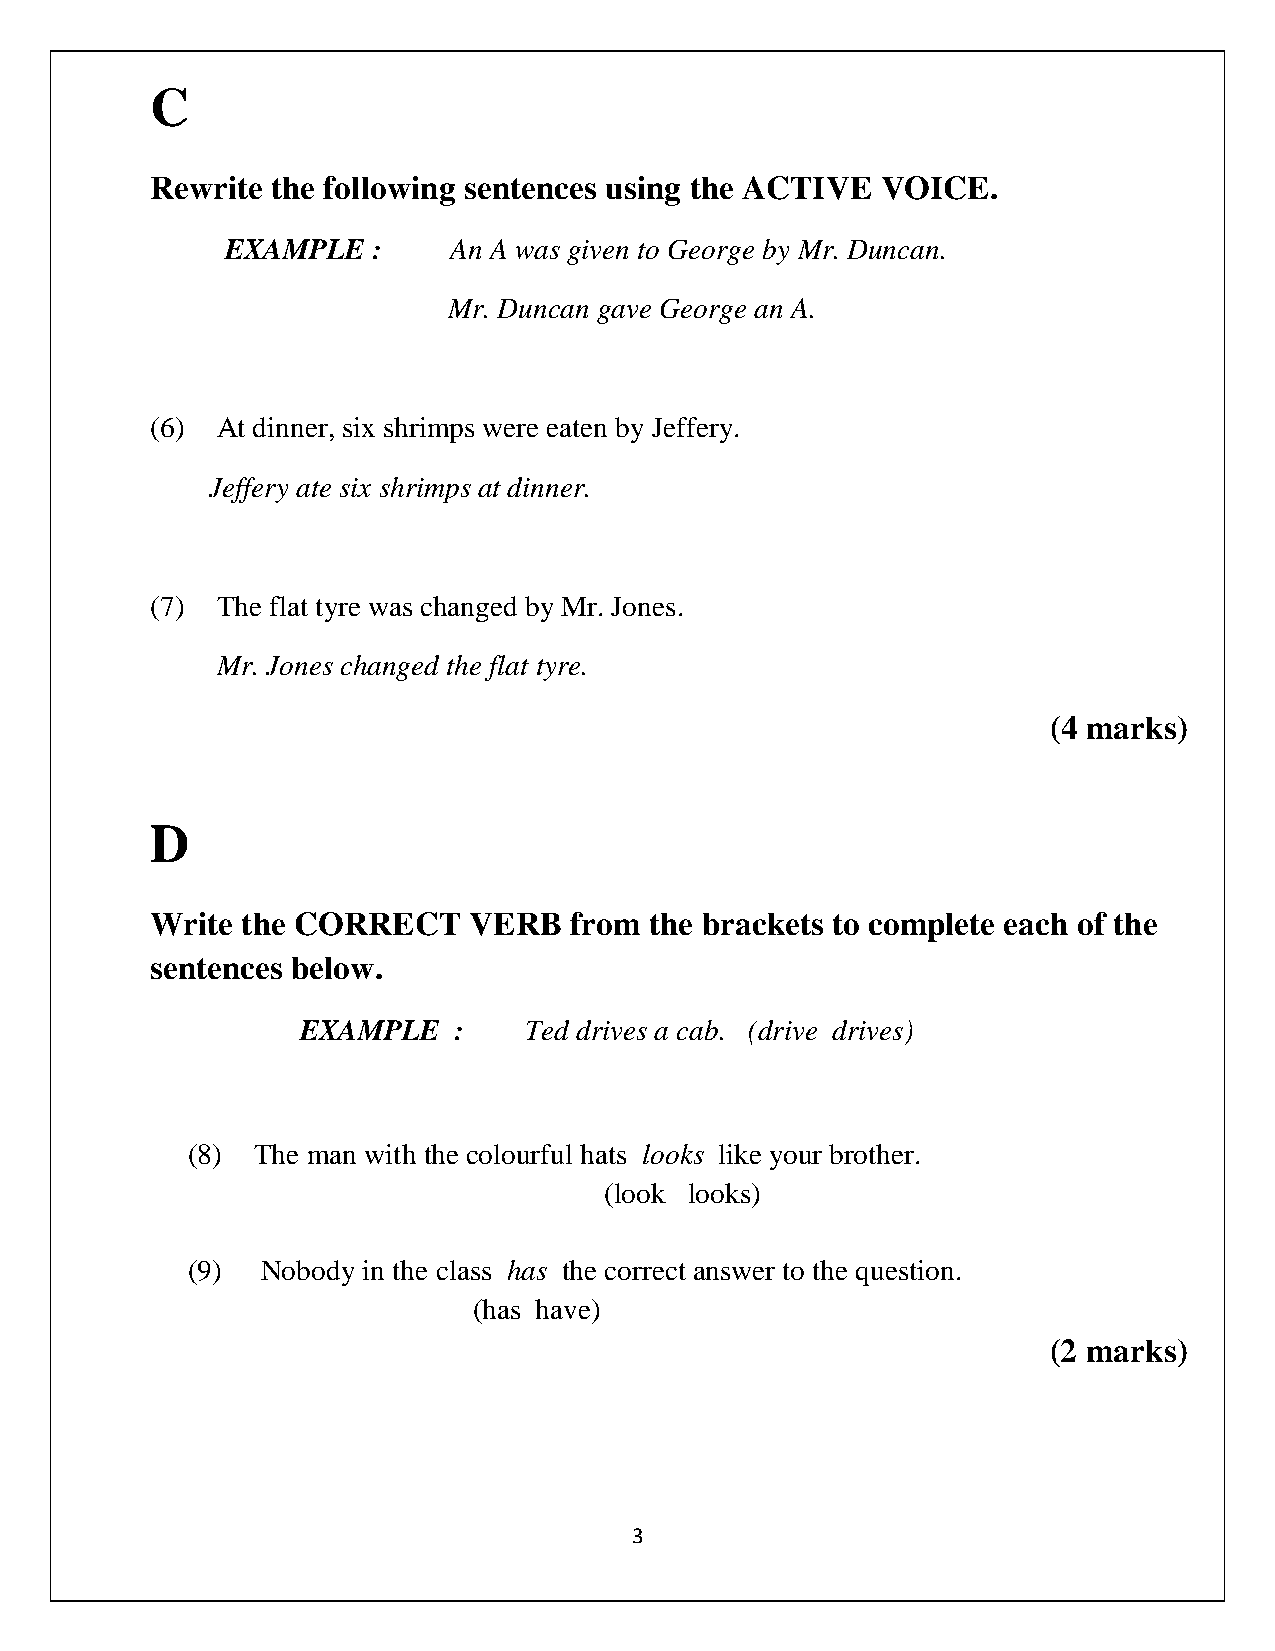
C
 Rewrite the following sentences using the ACTIVE VOICE.
 EXAMPLE   :    An A was given to George by Mr. Duncan.
 Mr. Duncan gave George an A.
 (6) At dinner, six shrimps were eaten by Jeffery.
 Jeffery ate six shrimps at dinner.
 (7) The flat tyre was changed by Mr. Jones.
 Mr. Jones changed the flat tyre.
 (4 marks)
 D
 Write the CORRECT    VERB   from the brackets to complete each of the
 sentences below.
 EXAMPLE   :    Ted drives a cab. (drive drives)
 (8)  The man with the colourful hats looks like your brother.
 (look looks)
 (9)  Nobody in the class has the correct answer to the question.
 (has have)
 (2 marks)
 3